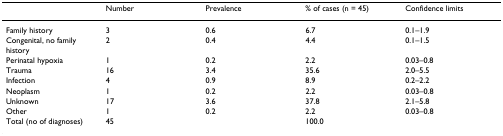
|  | Number | Prevalence | % of cases (n = 45) | Confidence limits |
 | --- | --- | --- | --- | --- |
 | Family history | 3 | 0.6 | 6.7 | 0.1–1.9 |
 | Congenital, no family history | 2 | 0.4 | 4.4 | 0.1–1.5 |
 | Perinatal hypoxia | 1 | 0.2 | 2.2 | 0.03–0.8 |
 | Trauma | 16 | 3.4 | 35.6 | 2.0–5.5 |
 | Infection | 4 | 0.9 | 8.9 | 0.2–2.2 |
 | Neoplasm | 1 | 0.2 | 2.2 | 0.03–0.8 |
 | Unknown | 17 | 3.6 | 37.8 | 2.1–5.8 |
 | Other | 1 | 0.2 | 2.2 | 0.03–0.8 |
 | Total (no of diagnoses) | 45 |  | 100.0 |  |